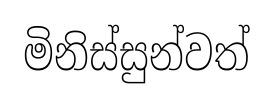
මිනිස්සුන්වත්